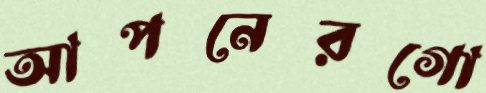
আপনেরগো